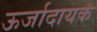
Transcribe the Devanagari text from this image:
ऊर्जादायक